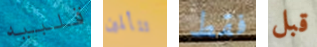
قلبيه تتألمين فقط قبل